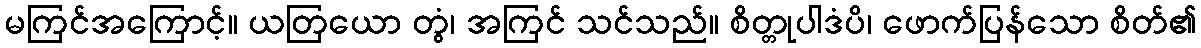
မကြင်အကြောင့်။ ယတြယော တွံ၊ အကြင် သင်သည်။ စိတ္တုပါဒံပိ၊ ဖောက်ပြန်သော စိတ်၏